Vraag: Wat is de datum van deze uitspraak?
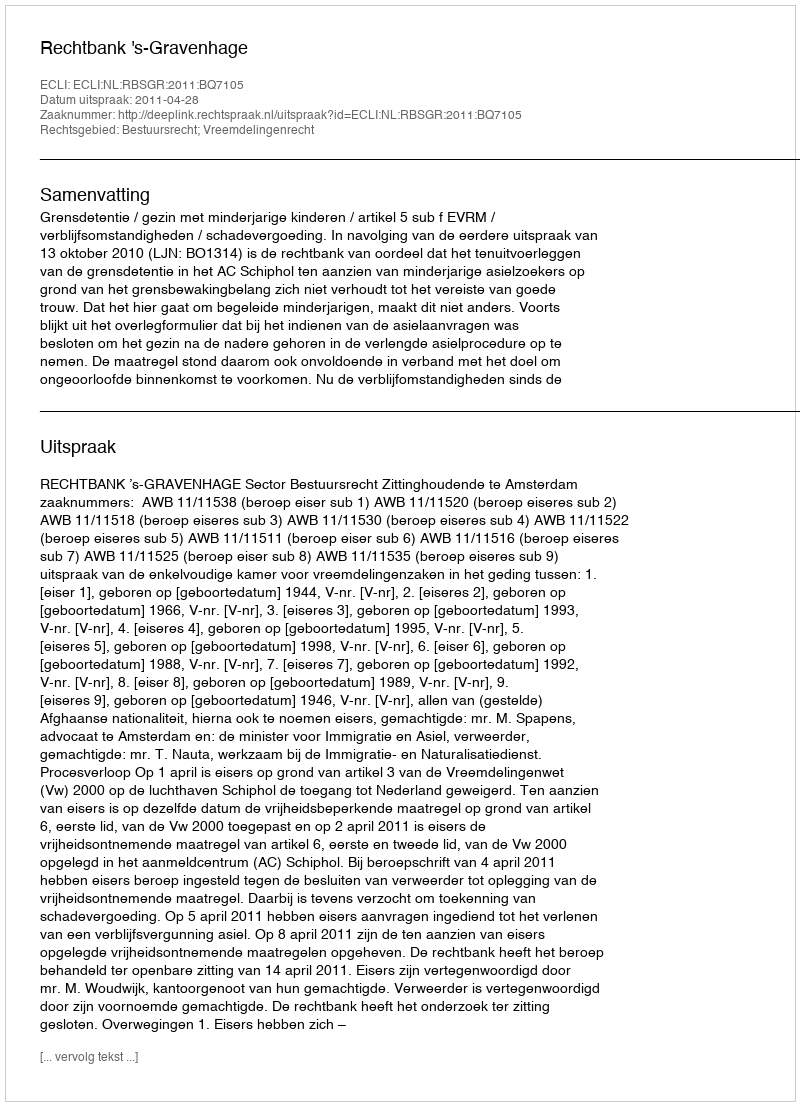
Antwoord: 2011-04-28